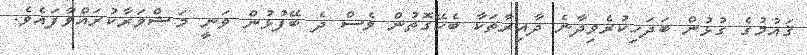
ޤައުމުގެ ގުޅުން ބަދަހިކުރެވިދާނެ ދާއިރާތަކާ ބެހޭގޮތުން ވެސް ދެ ބޭފުޅުން ވަނީ މަޝްވަރާކުރައްވާފައެވެ.